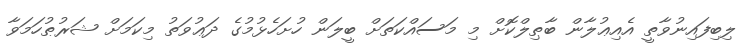
ލިބިފައިނުވާތީ އެއިޢުލާން ބާޠިލްކޮށް މި މަސައްކަތަށް ބީލަން ހުށަހެޅުމުގެ ދަޢުވަތު މިކަމަށް ޝަރުޠުހަމަވާ